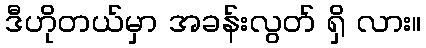
ဒီဟိုတယ်မှာ အခန်းလွတ် ရှိ လား။